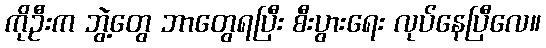
ကိုဦးက ဘွဲ့တွေ ဘာတွေရပြီး စီးပွားရေး လုပ်နေပြီလေ။